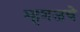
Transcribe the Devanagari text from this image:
म्हणजचे